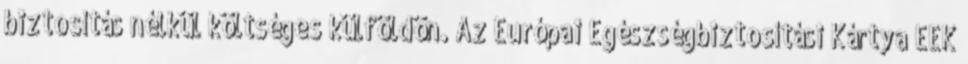
biztosítás nélkül költséges külföldön. Az Európai Egészségbiztosítási Kártya EEK